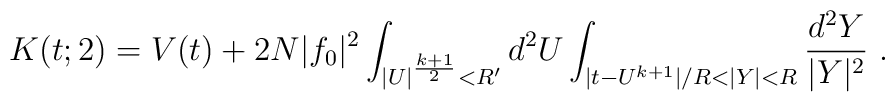
K(t;2) = V(t) + 2N|f_0|^2\int_{|U|^{k+1\over2}<R'}d^2U    \int_{|t-U^{k+1}|/R<|Y|<R}{d^2Y\over|Y|^2}~.